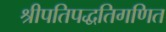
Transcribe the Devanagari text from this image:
श्रीपतिपद्धतिगणित